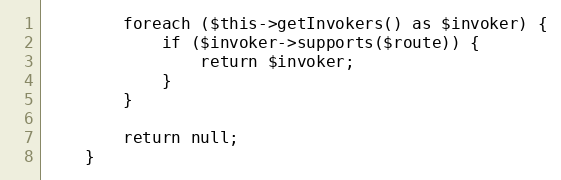
Language: PHP
        foreach ($this->getInvokers() as $invoker) {
            if ($invoker->supports($route)) {
                return $invoker;
            }
        }

        return null;
    }